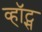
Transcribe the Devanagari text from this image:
व्हॉट्स